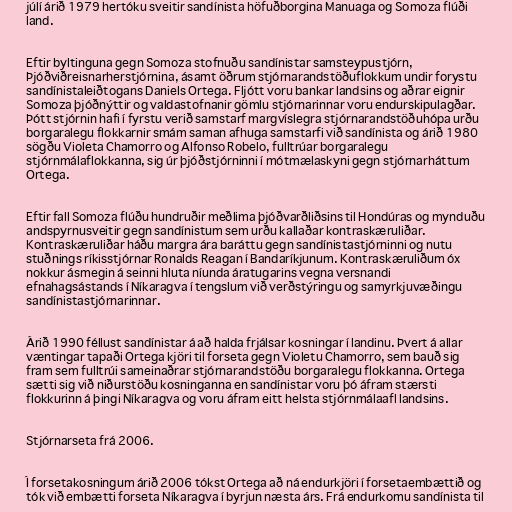
júlí árið 1979 hertóku sveitir sandínista höfuðborgina Manuaga og Somoza flúði
land.

Eftir byltinguna gegn Somoza stofnuðu sandínistar samsteypustjórn,
Þjóðviðreisnarherstjórnina, ásamt öðrum stjórnarandstöðuflokkum undir forystu
sandínistaleiðtogans Daniels Ortega. Fljótt voru bankar landsins og aðrar eignir
Somoza þjóðnýttir og valdastofnanir gömlu stjórnarinnar voru endurskipulagðar.
Þótt stjórnin hafi í fyrstu verið samstarf margvíslegra stjórnarandstöðuhópa urðu
borgaralegu flokkarnir smám saman afhuga samstarfi við sandínista og árið 1980
sögðu Violeta Chamorro og Alfonso Robelo, fulltrúar borgaralegu
stjórnmálaflokkanna, sig úr þjóðstjórninni í mótmælaskyni gegn stjórnarháttum
Ortega.

Eftir fall Somoza flúðu hundruðir meðlima þjóðvarðliðsins til Hondúras og mynduðu
andspyrnusveitir gegn sandínistum sem urðu kallaðar kontraskæruliðar.
Kontraskæruliðar háðu margra ára baráttu gegn sandínistastjórninni og nutu
stuðnings ríkisstjórnar Ronalds Reagan í Bandaríkjunum. Kontraskæruliðum óx
nokkur ásmegin á seinni hluta níunda áratugarins vegna versnandi
efnahagsástands í Níkaragva í tengslum við verðstýringu og samyrkjuvæðingu
sandínistastjórnarinnar.

Árið 1990 féllust sandínistar á að halda frjálsar kosningar í landinu. Þvert á allar
væntingar tapaði Ortega kjöri til forseta gegn Violetu Chamorro, sem bauð sig
fram sem fulltrúi sameinaðrar stjórnarandstöðu borgaralegu flokkanna. Ortega
sætti sig við niðurstöðu kosninganna en sandínistar voru þó áfram stærsti
flokkurinn á þingi Níkaragva og voru áfram eitt helsta stjórnmálaafl landsins.

Stjórnarseta frá 2006.

Í forsetakosningum árið 2006 tókst Ortega að ná endurkjöri í forsetaembættið og
tók við embætti forseta Níkaragva í byrjun næsta árs. Frá endurkomu sandínista til